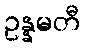
ဥန္နမတီ